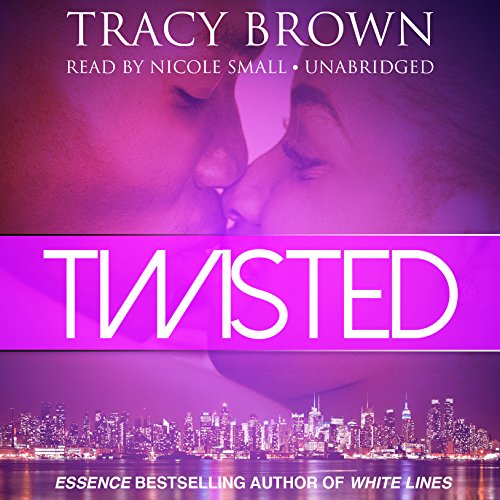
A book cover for Twisted; Tracy Brown; Romance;